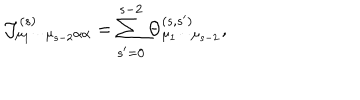
{ \cal J } _ { \mu _ { 1 } \cdots \mu _ { s - 2 } \alpha \alpha } ^ { ( s ) } = \sum _ { s ^ { \prime } = 0 } ^ { s - 2 } \Theta _ { \mu _ { 1 } \cdots \mu _ { s - 2 } } ^ { ( s , s ^ { \prime } ) } ,